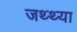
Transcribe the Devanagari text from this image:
जथ्थ्या